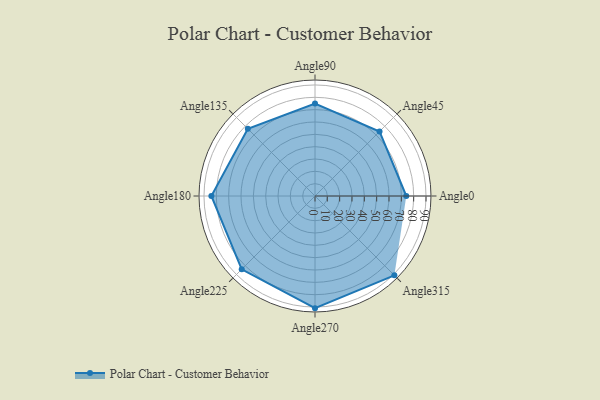
{"axis": {"x": "Angle", "y": "Radius"}, "legend": [""], "data": [{"x": "Angle0", "y": 74.0, "type": ""}, {"x": "Angle45", "y": 74.0, "type": ""}, {"x": "Angle90", "y": 75.0, "type": ""}, {"x": "Angle135", "y": 77.0, "type": ""}, {"x": "Angle180", "y": 84.0, "type": ""}, {"x": "Angle225", "y": 84.0, "type": ""}, {"x": "Angle270", "y": 91.0, "type": ""}, {"x": "Angle315", "y": 91.0, "type": ""}]}